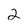
Character: 2